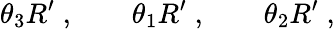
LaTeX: \theta_{3}R^{\prime}\; ,\qquad\theta_{1}R^{\prime}\; ,\qquad\theta_{2}R^{\prime}\; ,